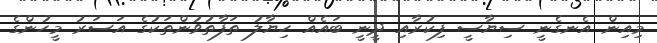
މިއިން އެނގެނީ ސިޔާސީ ފިކުުރާއި ދީނީ ބައެއް ހިޔާލު ތަފާތުވުންތަކުގެ އަސަރު މީހުންގެ